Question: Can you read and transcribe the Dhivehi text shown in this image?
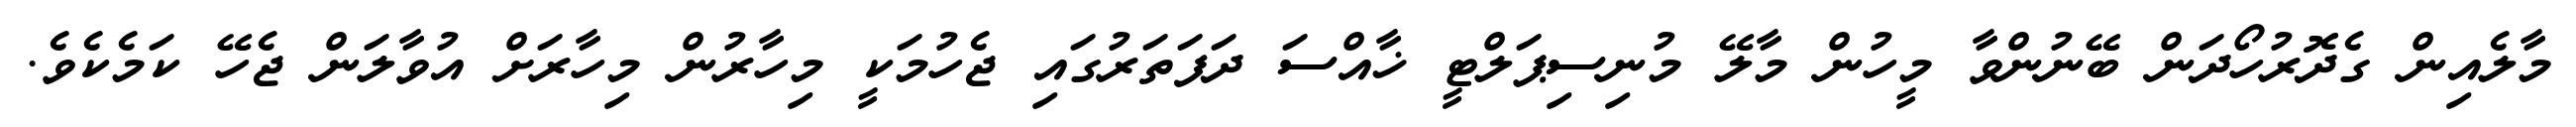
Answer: މާލެއިން ގެދޮރުހޯދަން ބޭނުންވާ މީހުން މާލޭ މުނިސިޕަލްޓީ ޚާއްސަ ދަފަތަރުގައި ޖެހުމަކީ މިހާރުން މިހާރަށް އުވާލަން ޖެހޭ ކަމެކެވެ.